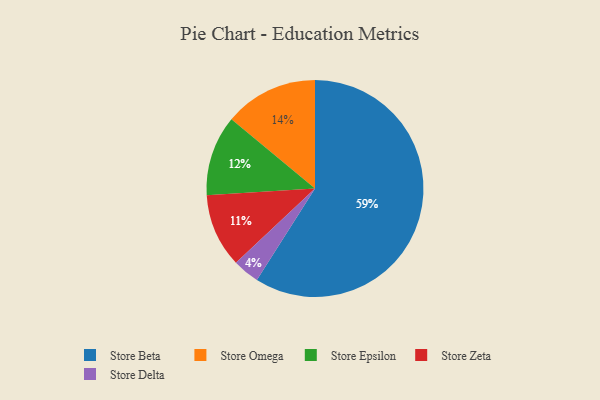
{"axis": {"x": "Category", "y": "Percentage"}, "legend": ["Store Beta", "Store Delta", "Store Epsilon", "Store Omega", "Store Zeta"], "data": [{"x": "Store Beta", "y": 59, "type": "Store Beta"}, {"x": "Store Omega", "y": 14, "type": "Store Omega"}, {"x": "Store Delta", "y": 4, "type": "Store Delta"}, {"x": "Store Epsilon", "y": 12, "type": "Store Epsilon"}, {"x": "Store Zeta", "y": 11, "type": "Store Zeta"}]}